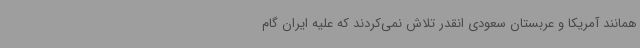
همانند آمریکا و عربستان سعودی انقدر تلاش نمی‌کردند که علیه ایران گام